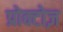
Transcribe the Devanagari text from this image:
प्रोक्टोज़